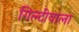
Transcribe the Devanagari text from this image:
गिल्टीवाला